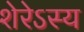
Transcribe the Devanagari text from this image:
शेरेऽस्य